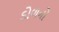
ડોળનો